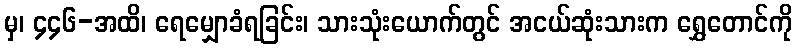
မှ၊ ၄၄၆-အထိ၊ ရေမျှောခံရခြင်း၊ သားသုံးယောက်တွင် အငယ်ဆုံးသားက ရွှေတောင်ကို